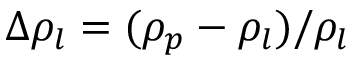
\Delta \rho _ { l } = ( \rho _ { p } - \rho _ { l } ) / \rho _ { l }